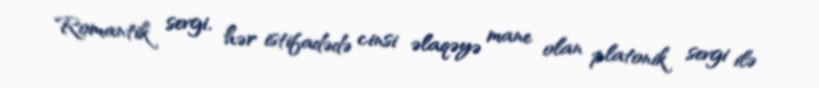
Romantik sevgi, hər istifadədə cinsi əlaqəyə mane olan platonik sevgi ilə